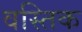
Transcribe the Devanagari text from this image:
वस्तिक